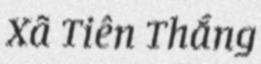
Xã Tiên Thắng